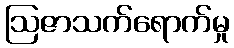
ဩဇာသက်ရောက်မှု